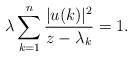
LaTeX: \begin{align*}{\lambda} \sum_{k=1}^{n} \frac{ | u(k) |^2 }{z - \lambda_k} = 1. \end{align*}